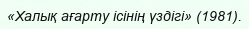
«Халық ағарту ісінің үздігі» (1981).